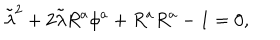
LaTeX: \tilde { \lambda } ^ { 2 } + 2 \tilde { \lambda } R ^ { a } \phi ^ { a } + R ^ { a } R ^ { a } - 1 = 0 ,